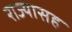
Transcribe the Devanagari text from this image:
राज्यासह